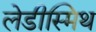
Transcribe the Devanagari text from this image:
लेडीस्मिथ